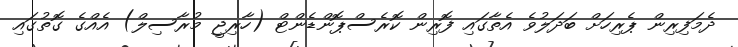
ދެމަފިރިން ޕެރިހަށް ބަދަލުވެ އެތާގައި ފޮރިން ކޮރެސްޕޮންޑެންޓް (ހާރިޖީ މުރާސިލް) އެއްގެ ގޮތުގައި